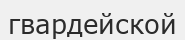
гвардейской